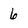
Character: 6